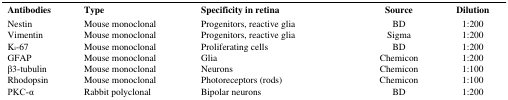
| Antibodies | Type | Specificity in retina | Source | Dilution |
 | --- | --- | --- | --- | --- |
 | Nestin | Mouse monoclonal | Progenitors, reactive glia | BD | 1:200 |
 | Vimentin | Mouse monoclonal | Progenitors, reactive glia | Sigma | 1:200 |
 | Ki-67 | Mouse monoclonal | Proliferating cells | BD | 1:200 |
 | GFAP | Mouse monoclonal | Glia | Chemicon | 1:200 |
 | β3-tubulin | Mouse monoclonal | Neurons | Chemicon | 1:100 |
 | Rhodopsin | Mouse monoclonal | Photoreceptors (rods) | Chemicon | 1:100 |
 | PKC-α | Rabbit polyclonal | Bipolar neurons | BD | 1:200 |